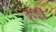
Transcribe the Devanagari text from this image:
हन्न